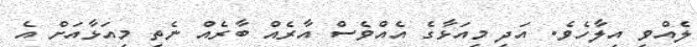
ލެއްވި އިލާހެވެ. އަދި މިއަޅާގެ އެއްވެސް އާރެއް ބާރެއް ނެތި މިއަޅާއަށް އެ